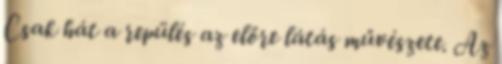
Csak hát a repülés az előre látás művészete. Az